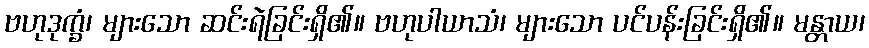
ဗဟုဒုက္ခံ၊ များသော ဆင်းရဲခြင်းရှိ၏။ ဗဟုပါယာသံ၊ များသော ပင်ပန်းခြင်းရှိ၏။ မန္တာယ၊